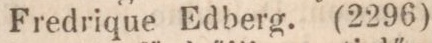
Fredrique Edberg. (2296)